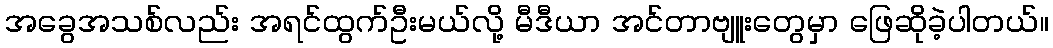
အခွေအသစ်လည်း အရင်ထွက်ဦးမယ်လို့ မီဒီယာ အင်တာဗျူးတွေမှာ ဖြေဆိုခဲ့ပါတယ်။